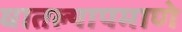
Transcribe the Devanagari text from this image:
घातल्यापमाणे